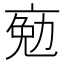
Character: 𠅦